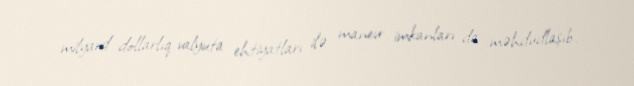
milyard dollarlıq valyuta ehtiyatları ilə manevr imkanları da məhdudlaşıb.